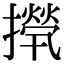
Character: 𢶇